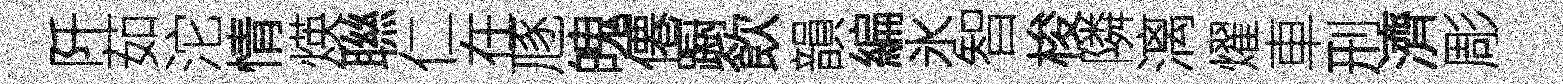
阡茹沱情煐聮仁在豗魄僊蹰飲韻編氷智梭隣漓燿車刑濟彫